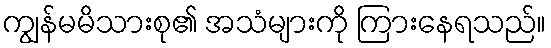
ကျွန်မမိသားစု၏ အသံများကို ကြားနေရသည်။